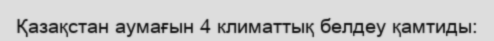
Қазақстан аумағын 4 климаттық белдеу қамтиды: